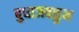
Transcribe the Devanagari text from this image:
बुधाजवळून